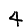
Digit: 4